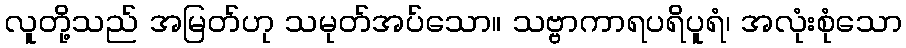
လူတို့သည် အမြတ်ဟု သမုတ်အပ်သော။ သဗ္ဗာကာရပရိပူရံ၊ အလုံးစုံသော